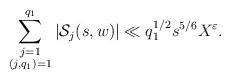
LaTeX: \begin{align*} \sum\limits_{\substack{j=1\\ (j,q_1)=1}}^{q_1} |\mathcal{S}_j(s,w)|\ll q_1^{1/2}s^{5/6}X^{\varepsilon}.\end{align*}